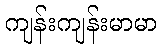
ကျန်းကျန်းမာမာ